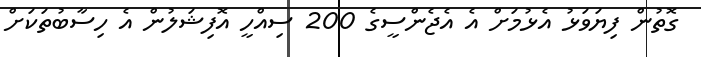
ގޮތުން ފިޔަވަޅު އެޅުމަށް އެ އެޖެންސީގެ 200 ސިއްހީ އޮފިޝަލުން އެ ހިސާބުތަކަށް